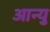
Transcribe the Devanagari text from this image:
आन्यु